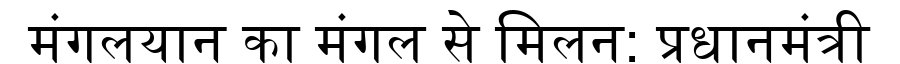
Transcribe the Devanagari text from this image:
मंगलयान का मंगल से मिलन: प्रधानमंत्री